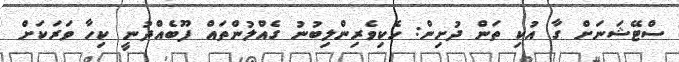
ސްޓޭޝަނަށް ގާ އުކި ތަން ދުށިން: ހެކިވެރިންލިބުނު ގެއްލުންތައް ފޫބެއްދުނީ ކިހާ ވަރަކަށް